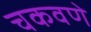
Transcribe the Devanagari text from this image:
चकवणे